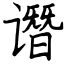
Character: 谮